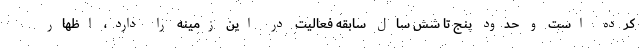
کرده است و حدود پنج تا شش سال سابقه فعالیت در این زمینه را دارد، اظهار